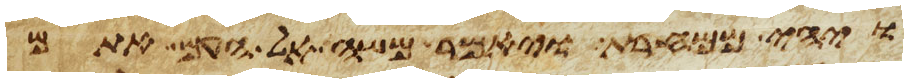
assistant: ויהי ממחרת ויאמר משה אל העם אתם